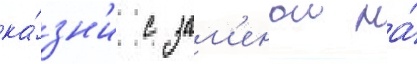
ка́зн'и с зам'енои на́